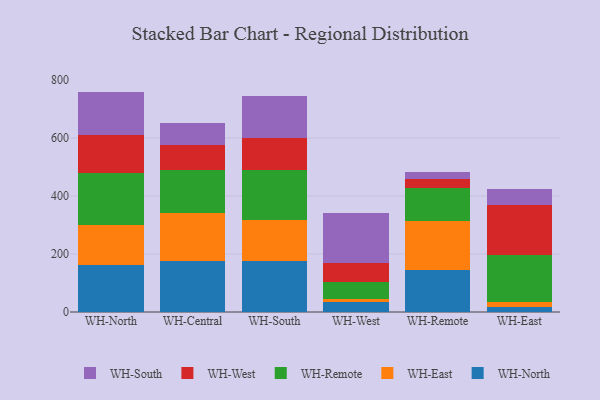
{"axis": {"x": "Warehouse", "y": "Revenue (USD Million)"}, "legend": ["WH-East", "WH-North", "WH-Remote", "WH-South", "WH-West"], "data": [{"x": "WH-North", "y": 161.4, "type": "WH-North"}, {"x": "WH-North", "y": 138.3, "type": "WH-East"}, {"x": "WH-North", "y": 178.0, "type": "WH-Remote"}, {"x": "WH-North", "y": 131.6, "type": "WH-West"}, {"x": "WH-North", "y": 150.8, "type": "WH-South"}, {"x": "WH-Central", "y": 176.2, "type": "WH-North"}, {"x": "WH-Central", "y": 165.4, "type": "WH-East"}, {"x": "WH-Central", "y": 149.5, "type": "WH-Remote"}, {"x": "WH-Central", "y": 83.3, "type": "WH-West"}, {"x": "WH-Central", "y": 77.5, "type": "WH-South"}, {"x": "WH-South", "y": 175.9, "type": "WH-North"}, {"x": "WH-South", "y": 141.3, "type": "WH-East"}, {"x": "WH-South", "y": 172.1, "type": "WH-Remote"}, {"x": "WH-South", "y": 109.7, "type": "WH-West"}, {"x": "WH-South", "y": 146.6, "type": "WH-South"}, {"x": "WH-West", "y": 33.4, "type": "WH-North"}, {"x": "WH-West", "y": 10.8, "type": "WH-East"}, {"x": "WH-West", "y": 59.6, "type": "WH-Remote"}, {"x": "WH-West", "y": 65.8, "type": "WH-West"}, {"x": "WH-West", "y": 172.5, "type": "WH-South"}, {"x": "WH-Remote", "y": 144.6, "type": "WH-North"}, {"x": "WH-Remote", "y": 169.1, "type": "WH-East"}, {"x": "WH-Remote", "y": 112.5, "type": "WH-Remote"}, {"x": "WH-Remote", "y": 34.0, "type": "WH-West"}, {"x": "WH-Remote", "y": 22.1, "type": "WH-South"}, {"x": "WH-East", "y": 16.1, "type": "WH-North"}, {"x": "WH-East", "y": 19.5, "type": "WH-East"}, {"x": "WH-East", "y": 162.0, "type": "WH-Remote"}, {"x": "WH-East", "y": 171.8, "type": "WH-West"}, {"x": "WH-East", "y": 56.4, "type": "WH-South"}]}